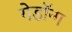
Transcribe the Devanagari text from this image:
गेडॉन्ग